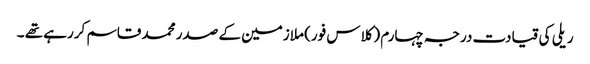
ریلی کی قیادت درجہ چہارم (کلاس فور) ملازمین کے صدر محمد قاسم کررہے تھے ۔